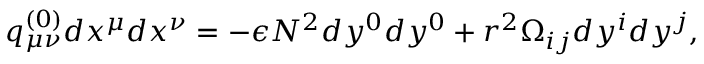
q _ { \mu \nu } ^ { ( 0 ) } d x ^ { \mu } d x ^ { \nu } = - \epsilon N ^ { 2 } d y ^ { 0 } d y ^ { 0 } + r ^ { 2 } \Omega _ { i j } d y ^ { i } d y ^ { j } ,